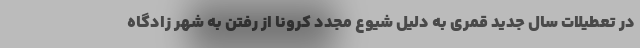
در تعطیلات سال جدید قمری به دلیل شیوع مجدد کرونا از رفتن به شهر زادگاه